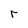
Character: r